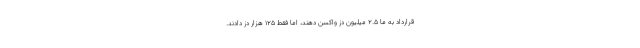
قرارداد به ما ۲.۵ میلیون دُز واکسن دهند، اما فقط ۱۲۵ هزار دُز دادند.